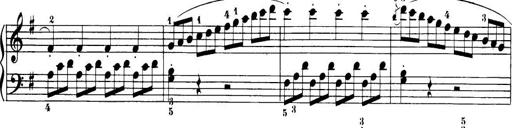
Title: 32 Sonatinas and Rondos for the Piano
Composer: Richard Kleinmichel